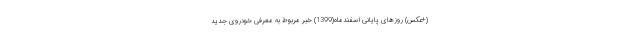
(+عکس) روزهای پایانی اسفندماه(1399) خبر مربوط به معرفی خودروی جدید